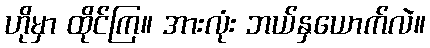
ဟိုမှာ ထိုင်ကြ။ အားလုံး ဘယ်နှယောက်လဲ။